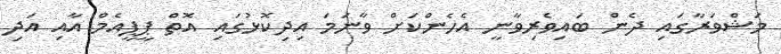
މަޝްވަރާގައި ދެން ބައިވެރިވާނީ އެހެންކަށް ވާނަމަ އިދިކޮޅުގައި އޮތް ޕީޕީއެމް އާއި އަދި